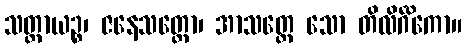
သတ္တာယဉ္စ၊ ဇနေသတ္တော၊ အာသတ္တေ သော တိလိင်္ဂိကော။